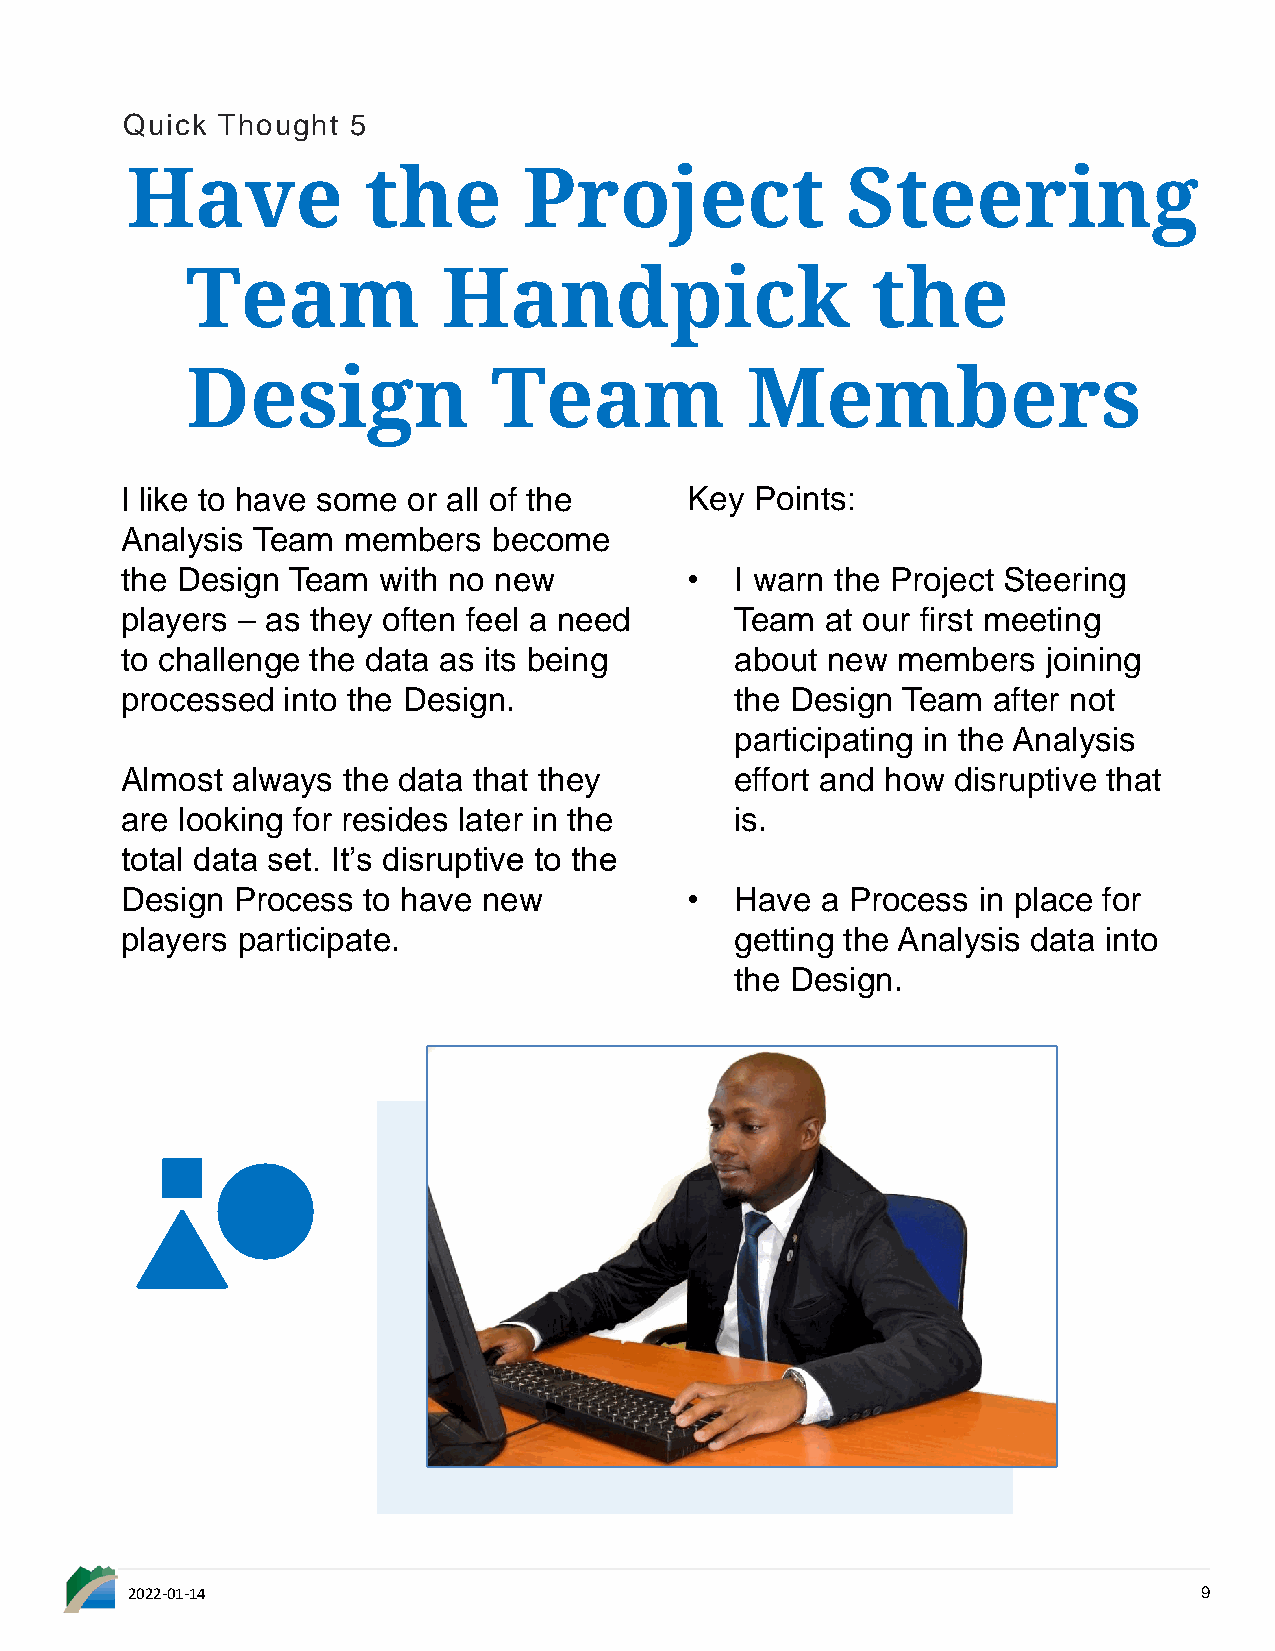
Quick Thought  5
 Have            the        Project              Steering
 Team             Handpick                     the
 Design               Team            Members
 I like to have some or all of the    Key  Points:
 Analysis Team  members   become
 the Design Team  with no new         •   I warn the Project Steering
 players – as they often feel a need      Team  at our first meeting
 to challenge the data as its being       about new members   joining
 processed  into the Design.              the Design Team  after not
 participating in the Analysis
 Almost always  the data that they        effort and how disruptive that
 are looking for resides later in the     is.
 total data set. It’s disruptive to the
 Design Process  to have new          •   Have a Process  in place for
 players participate.                     getting the Analysis data into
 the Design.
 2022-01-14                                                              9